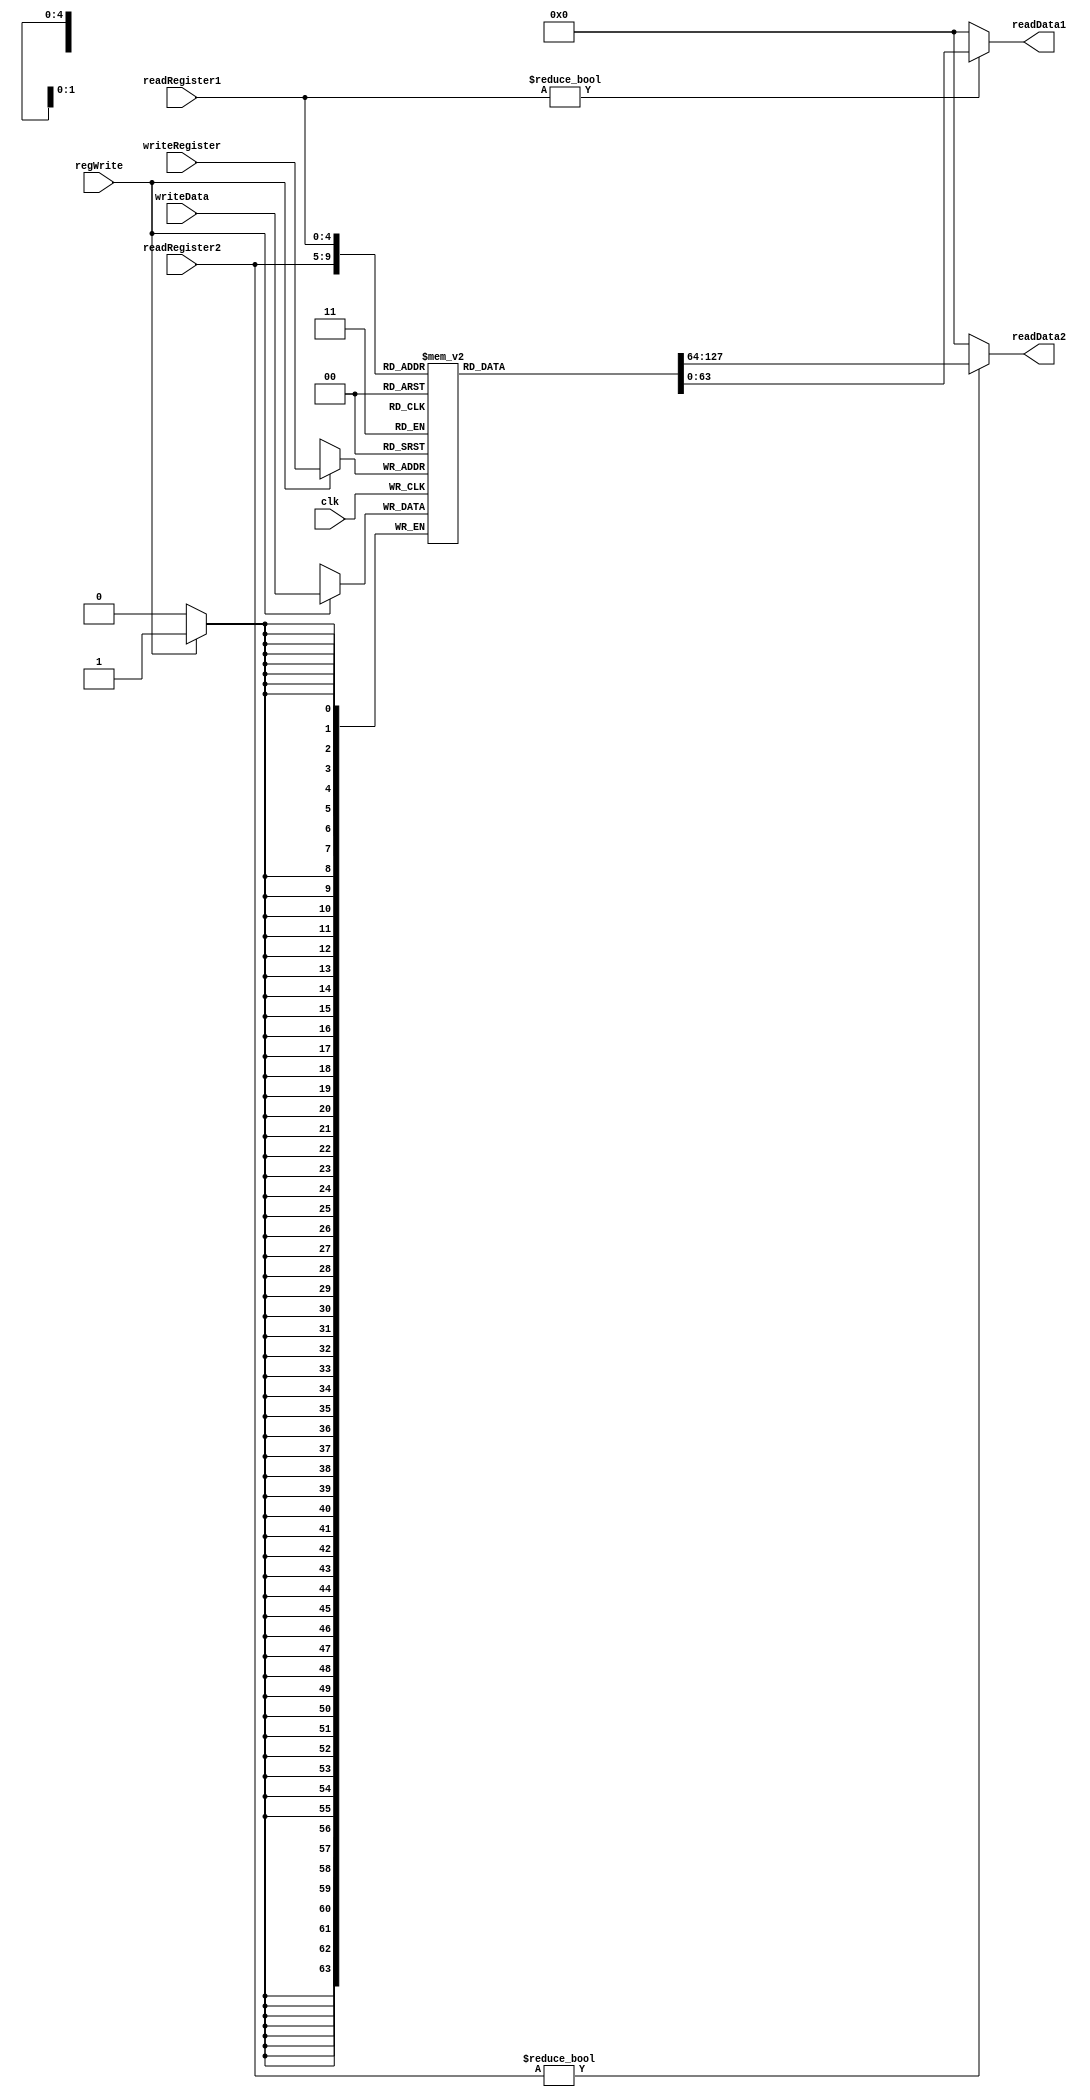
module registers(regWrite, readRegister1, readRegister2, writeRegister, writeData, readData1, readData2, clk);  
    input [4:0] readRegister1, readRegister2, writeRegister;
    input [63:0] writeData;
    output reg [63:0] readData1, readData2;
    reg [63:0] registerFile [0:31];
    input clk, regWrite;

    always @(readRegister1) 
        readData1 <= (readRegister1 != 0) ? registerFile[readRegister1] : 0;

    always @(readRegister2)
        readData2 <= (readRegister2 != 0) ? registerFile[readRegister2] : 0;
    
    always @(posedge clk) 
        if (regWrite) registerFile[writeRegister] <= writeData;
endmodule